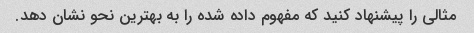
مثالی را پیشنهاد کنید که مفهوم داده شده را به بهترین نحو نشان دهد.